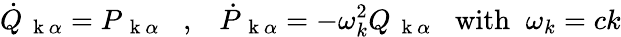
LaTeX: \dot{Q}_{\mathrm{~\mathbf~k~}\alpha}=P_{\mathrm{~\mathbf~k~}\alpha}\; \; \; ,\; \; \; \dot{P}_{\mathrm{~\mathbf~k~}\alpha}=-\omega_{k}^{2}Q_{\mathrm{~\mathbf~k~}\alpha}\; \; \; \mathrm{with}\; \; \omega_{k}=ck